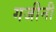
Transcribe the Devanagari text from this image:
गजीनी